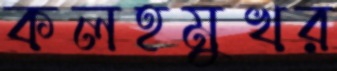
কলহমুখর